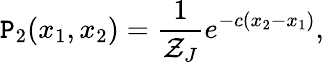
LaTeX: \mathtt{P}_{2}(x_{1},x_{2})=\frac{{1}}{{\mathcal{{Z}}_{J}}}e^{-c(x_{2}-x_{1})},